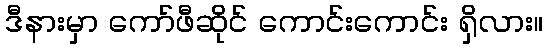
ဒီနားမှာ ကော်ဖီဆိုင် ကောင်းကောင်း ရှိလား။